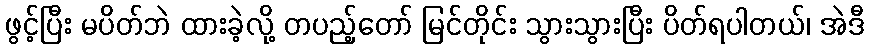
ဖွင့်ပြီး မပိတ်ဘဲ ထားခဲ့လို့ တပည့်တော် မြင်တိုင်း သွားသွားပြီး ပိတ်ရပါတယ်၊ အဲဒီ